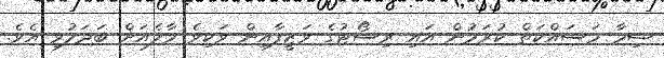
ޝިމާ މަސައްކަތް ކުރަމުން އައި ރިސޯޓުގެ ވަޒީފާއިން ވަކިވެ މާލެއަށް ބަދަލުވި އެވެ.